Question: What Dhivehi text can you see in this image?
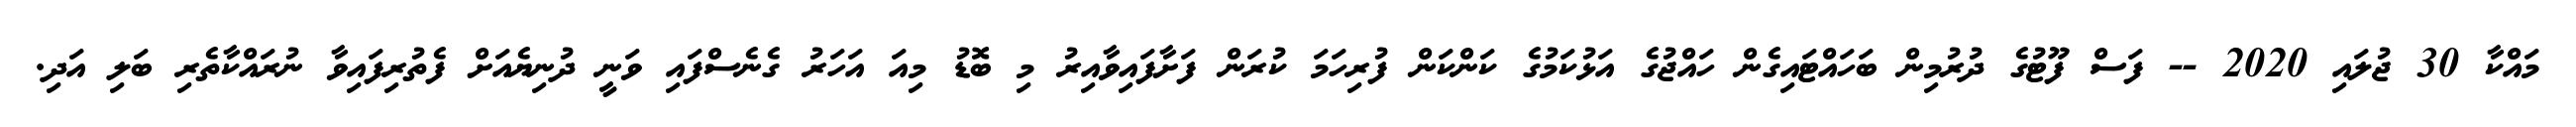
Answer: މައްކާ 30 ޖުލައި 2020 -- ފަސް ފޫޓުގެ ދުރުމިން ބަހައްޓައިގެން ހައްޖުގެ އަޅުކަމުގެ ކަންކަން ފުރިހަމަ ކުރަން ފަށާފައިވާއިރު މި ބޮޑު މިއަ އަހަރު ގެނެސްފައި ވަނީ ދުނިޔެއަށް ފެތުރިފައިވާ ނުރައްކާތެރި ބަލި އަދި.